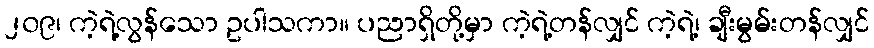
၂၀၉၊ ကဲ့ရဲ့လွန်သော ဥပါသကာ။ ပညာရှိတို့မှာ ကဲ့ရဲ့တန်လျှင် ကဲ့ရဲ့၊ ချီးမွမ်းတန်လျှင်